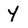
Character: y